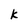
Character: k